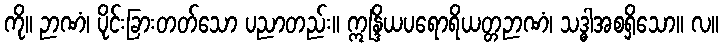
ကို။ ဉာဏံ၊ ပိုင်းခြားတတ်သော ပညာတည်း။ ဣန္ဒြိယပရောရိယတ္တဉာဏံ၊ သဒ္ဓါအစရှိသော။ လ။